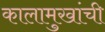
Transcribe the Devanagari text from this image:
कालामुखांची